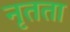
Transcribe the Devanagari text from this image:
नृतता